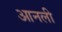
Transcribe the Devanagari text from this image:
आनली